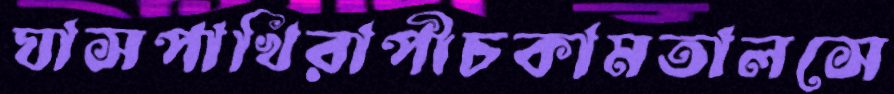
ঘাসপাখিরাপীচকামতালসে